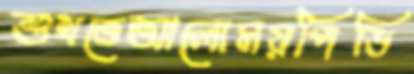
শুখতেআলোময়পিডি